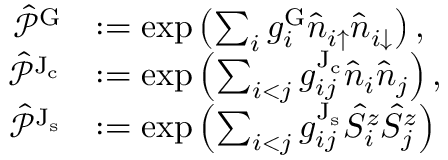
\begin{array} { r l } { \hat { \mathcal { P } } ^ { \mathrm { G } } } & { : = \exp \left( \sum _ { i } g _ { i } ^ { \mathrm { G } } \hat { n } _ { i { \uparrow } } \hat { n } _ { i { \downarrow } } \right) , } \\ { \hat { \mathcal { P } } ^ { \mathrm { J _ { c } } } } & { : = \exp \left( \sum _ { i < j } g _ { i j } ^ { \mathrm { J _ { c } } } \hat { n } _ { i } \hat { n } _ { j } \right) , } \\ { \hat { \mathcal { P } } ^ { \mathrm { J _ { s } } } } & { : = \exp \left( \sum _ { i < j } g _ { i j } ^ { \mathrm { J _ { s } } } \hat { S } _ { i } ^ { z } \hat { S } _ { j } ^ { z } \right) } \end{array}